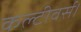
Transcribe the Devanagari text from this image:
कल्टीवर्स।